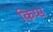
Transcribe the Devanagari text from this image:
किय्स